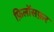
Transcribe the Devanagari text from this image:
फ़िलॉसफ़र